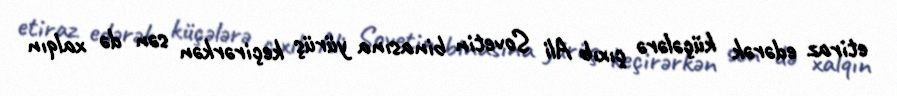
etiraz edərək küçələrə çıxıb Ali Sovetin binasına yürüş keçirərkən sən də xalqın